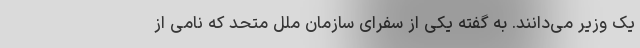
یک وزیر می‌دانند. به گفته یکی از سفرای سازمان ملل متحد که نامی از